Vabadussoja_Ajaloo_Komitee, lk 0178b
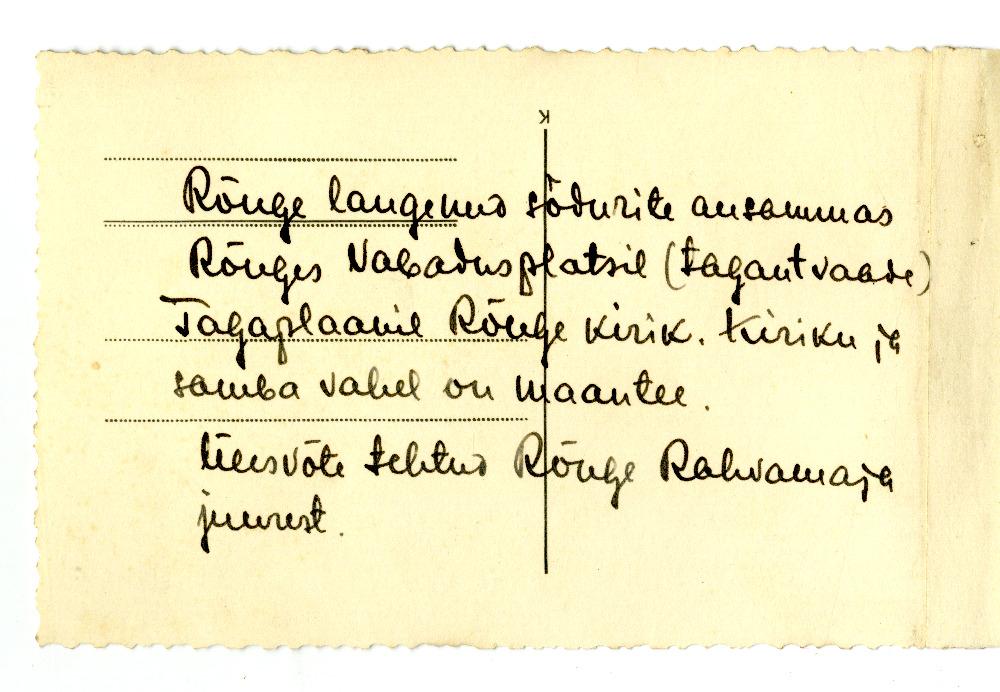
Rõuge langenud sõdurite ausammas
Rõuges Vabadusplatsil (tagantvaade)
Tagaplaanil Rõuge kirik. Kiriku ja
samba vahel on maantee.
Ülesvõte tehtud Rõuge Rahvamaja
juurest.